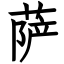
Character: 萨